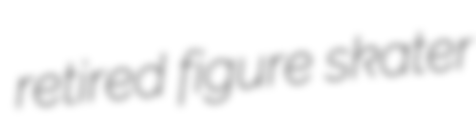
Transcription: retired figure skater